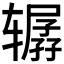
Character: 𰺞